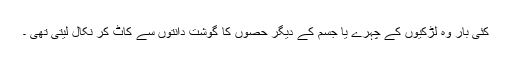
کئی بار وہ لڑکیوں کے چہرے یا جسم کے دیگر حصوں کا گوشت دانتوں سے کاٹ کر نکال لیتی تھی ۔